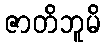
ဇာတိဘူမိ